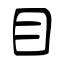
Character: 目